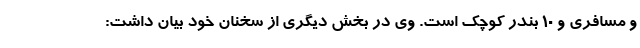
و مسافری و ۱۰ بندر کوچک است. وی در بخش دیگری از سخنان خود بیان داشت: